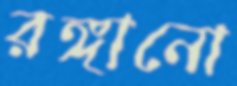
রঙ্গানো